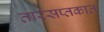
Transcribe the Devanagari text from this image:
तारसप्तकात